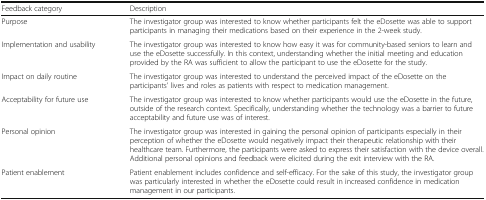
| Feedback category | Description |
 | --- | --- |
 | Purpose | The investigator group was interested to know whether participants felt the eDosette was able to support participants in managing their medications based on their experience in the 2-week study. |
 | Implementation and usability | The investigator group was interested to know how easy it was for community-based seniors to learn and use the eDosette successfully. In this context, understanding whether the initial meeting and education provided by the RA was sufficient to allow the participant to use the eDosette for the study. |
 | Impact on daily routine | The investigator group was interested to understand the perceived impact of the eDosette on the participants’ lives and roles as patients with respect to medication management. |
 | Acceptability for future use | The investigator group was interested to know whether participants would use the eDosette in the future, outside of the research context. Specifically, understanding whether the technology was a barrier to future acceptability and future use was of interest. |
 | Personal opinion | The investigator group was interested in gaining the personal opinion of participants especially in their perception of whether the eDosette would negatively impact their therapeutic relationship with their healthcare team. Furthermore, the participants were asked to express their satisfaction with the device overall.Additional personal opinions and feedback were elicited during the exit interview with the RA. |
 | Patient enablement | Patient enablement includes confidence and self-efficacy. For the sake of this study, the investigator group was particularly interested in whether the eDosette could result in increased confidence in medication management in our participants. |